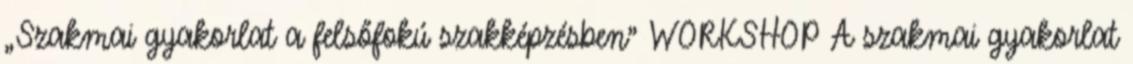
„Szakmai gyakorlat a felsőfokú szakképzésben” WORKSHOP A szakmai gyakorlat